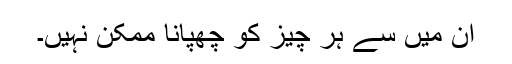
ان میں سے ہر چیز کو چھپانا ممکن نہیں۔